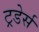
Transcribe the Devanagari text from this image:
ट्रडेर्स